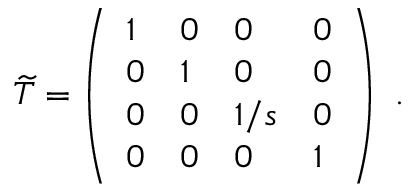
\widetilde { T } = \left( \begin{array} { l l l l } { { 1 } } & { { 0 } } & { { 0 } } & { { 0 } } \\ { { 0 } } & { { 1 } } & { { 0 } } & { { 0 } } \\ { { 0 } } & { { 0 } } & { { 1 / s } } & { { 0 } } \\ { { 0 } } & { { 0 } } & { { 0 } } & { { 1 } } \end{array} \right) \ .